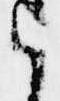
は